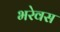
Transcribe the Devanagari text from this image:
भरेवस